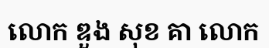
លោក ឌួង សុខ គា លោក